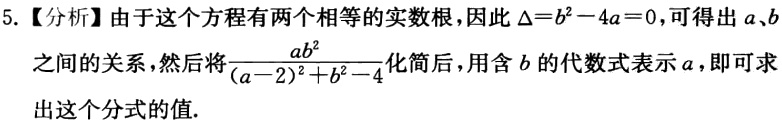
5.【分析】由于这个方程有两个相等的实数根，因此$\Delta =b^{2}-4a = 0$，可得出$a、b$之间的关系，然后将$\frac{ab^{2}}{(a - 2)^{2}+b^{2}-4}$化简后，用含$b$的代数式表示$a$，即可求出这个分式的值.